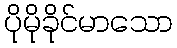
ပိုမိုခိုင်မာသော